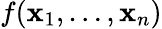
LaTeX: f(\mathbf{x}_{1},\ldots,\mathbf{x}_{n})